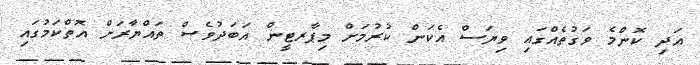
އަދި ކޮންމެ ވަގުތެއްގައި ވިޔަސް އެކަން ކުރުމަށް މިޕާރޓީން އަބަދުވެސް ތައްޔާރަށް އޮތްކަމުގައި